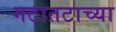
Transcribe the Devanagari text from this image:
गटातटाच्या